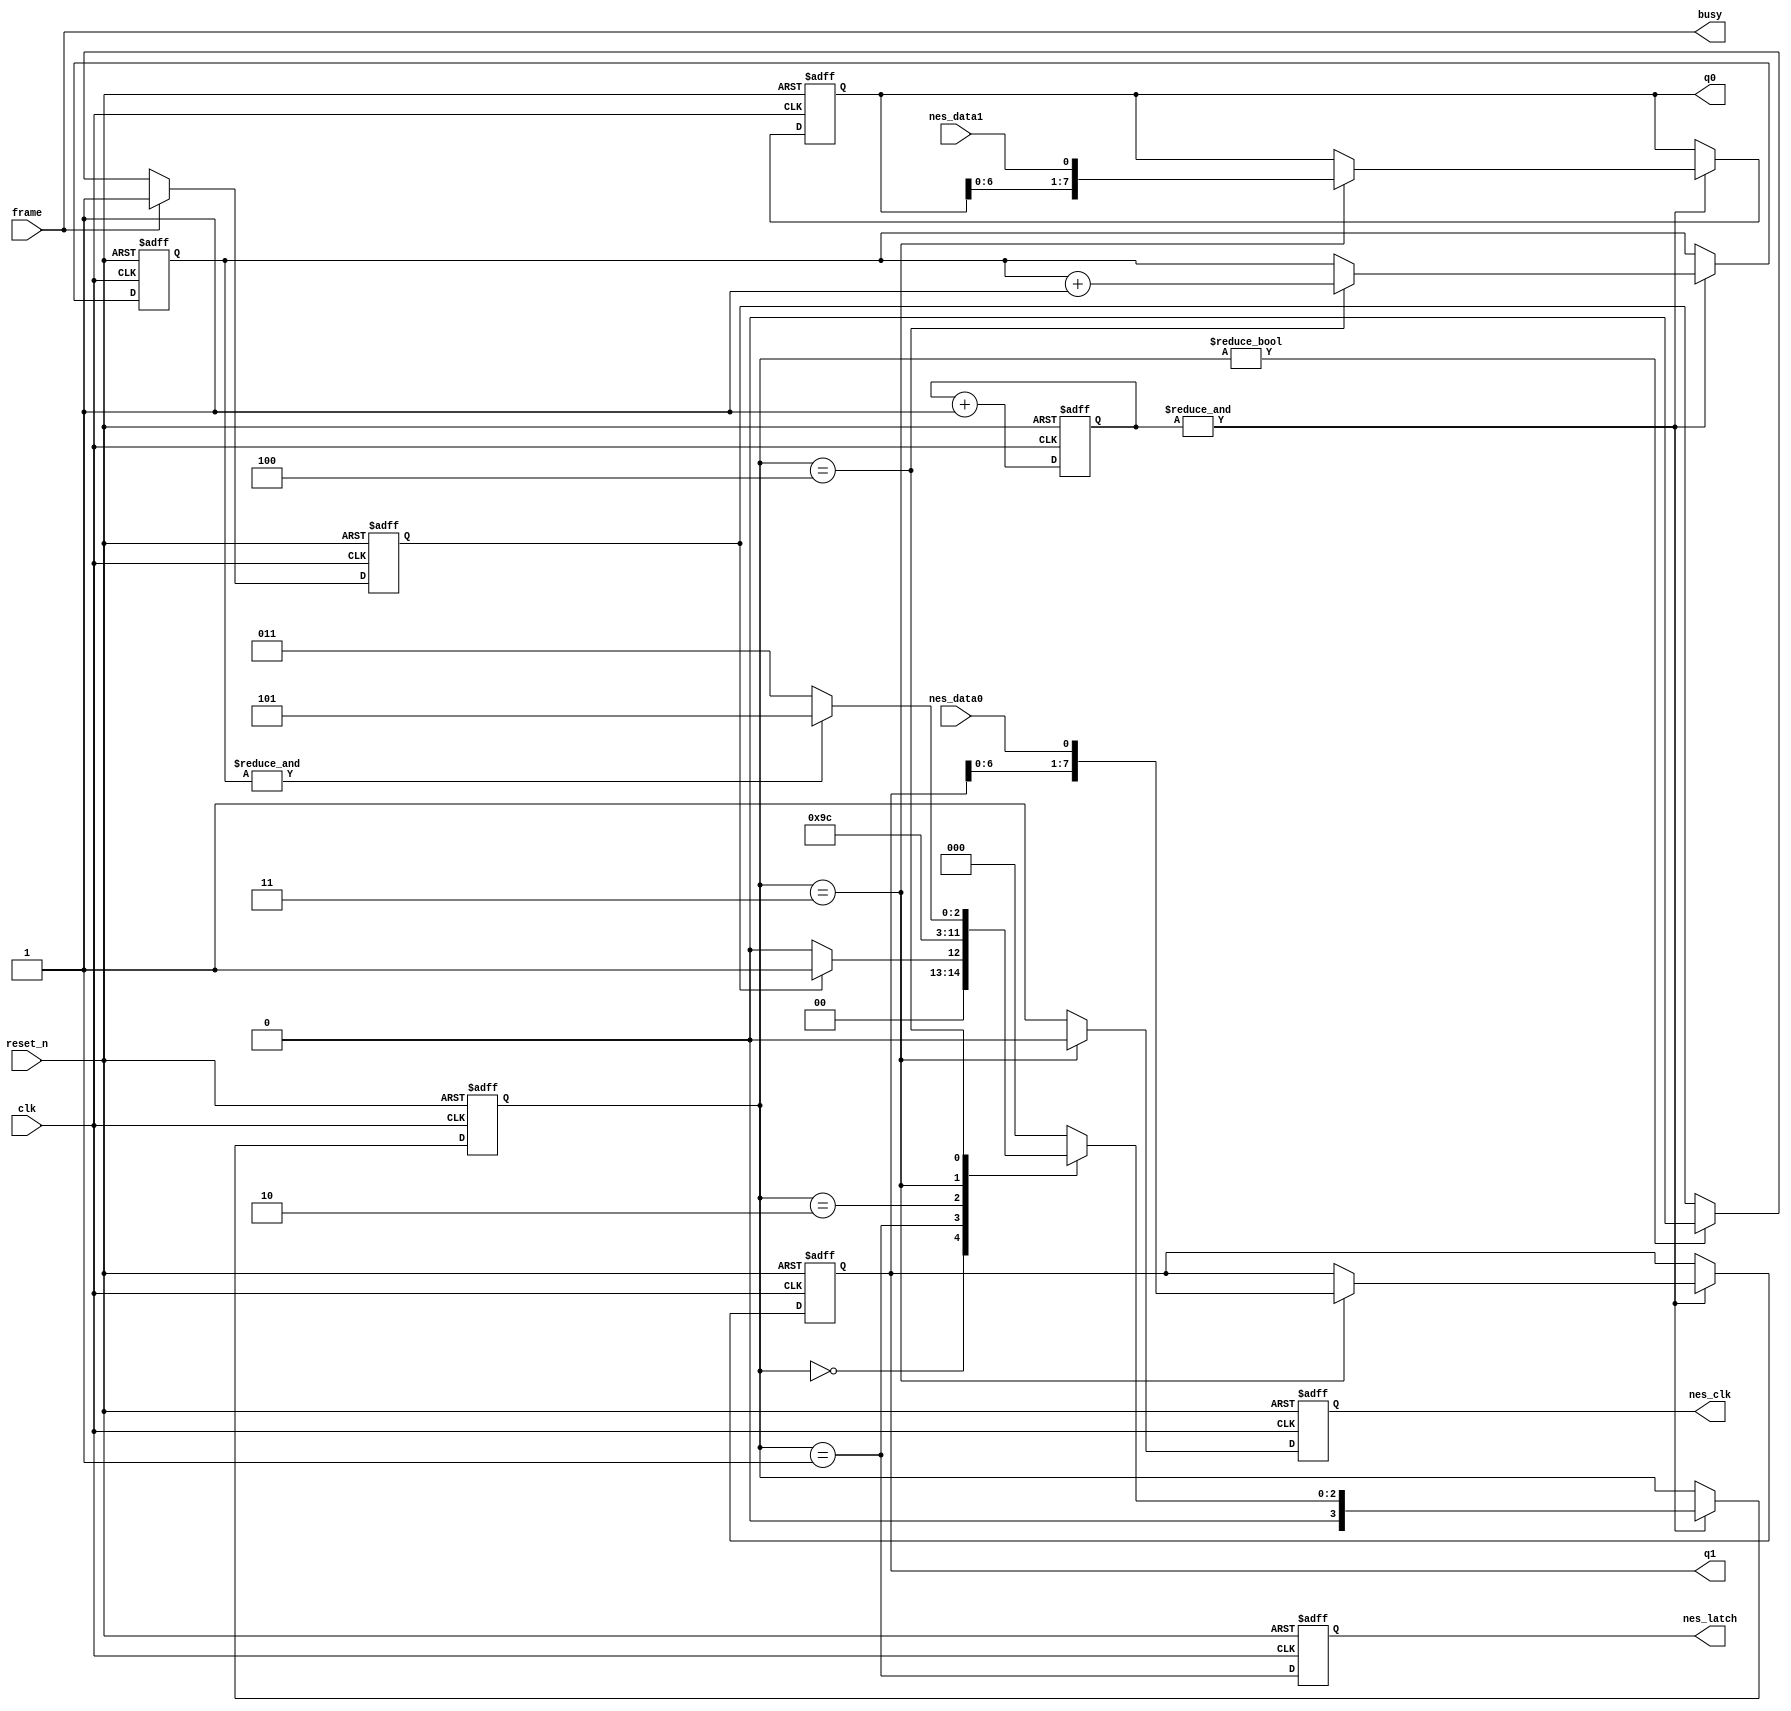
module nescontroller (
	clk,
	reset_n,
	frame,
	nes_latch,
	nes_clk,
	nes_data0,
	nes_data1,
	q0,
	q1,
	busy
	);
	
	input clk;
	input reset_n;
	input frame;
	output nes_latch;
	output nes_clk;
	input nes_data0, nes_data1;
	output [7:0] q0, q1;
	output busy = (frame != STATE_IDLE);

	// states for state-machine
	parameter STATE_IDLE		= 3'd0;
	parameter STATE_LATCH_HI	= 3'd1;	
	parameter STATE_LATCH_LO	= 3'd2;
	parameter STATE_CLOCK_LO	= 3'd3;
	parameter STATE_CLOCK_HI	= 3'd4;
	parameter STATE_DONE		= 3'd5;

	// start bit to catch single clock frame event
	reg start;
	always @(posedge clk or negedge reset_n)
		if (!reset_n)
			start <= 1'b0;
		else if ( frame )
			start <= 1'b1;
		else if ( state != STATE_IDLE )
			start <= 1'b0;
			
	// clock divider / enable -- clock needs to be around 1.5mhz or lower
	reg [3:0] clkdiv;
	always @(posedge clk or negedge reset_n)
		if (!reset_n)
			clkdiv <= 4'd0;
		else
			clkdiv <= clkdiv + 4'd1;
			
	wire enable = &clkdiv;

	// main state machine
	reg [3:0] state, next_state;
	always @(*)
		case (state)
			STATE_IDLE : begin
				if ( start )
					next_state = STATE_LATCH_HI;
				else
					next_state = STATE_IDLE;
				end
			STATE_LATCH_HI : next_state = STATE_LATCH_LO;
			STATE_LATCH_LO : next_state = STATE_CLOCK_LO;
			STATE_CLOCK_LO : next_state = STATE_CLOCK_HI;
			STATE_CLOCK_HI : begin
				if ( &count )
					next_state = STATE_DONE;
				else
					next_state = STATE_CLOCK_LO;
				end
			default : begin
				next_state = STATE_IDLE;
				end
		endcase
		
	reg nes_latch;
	always @(posedge clk or negedge reset_n)
		if (!reset_n)
			nes_latch <= 1'b0;
		else
			nes_latch <= (state == STATE_LATCH_HI);

	reg nes_clk;
	always @(posedge clk or negedge reset_n)
		if (!reset_n)
			nes_clk <= 1'b1;
		else
			nes_clk = (state == STATE_CLOCK_LO ) ? 1'b0 : 1'b1;

	reg [2:0] count, next_count;
	always @(*)
		if ( state == STATE_CLOCK_HI )
			next_count = count + 3'd1;
		else
			next_count = count;
			
	reg [7:0] q0, next_q0;
	reg [7:0] q1, next_q1;
	always @(*)
		if ( state == STATE_CLOCK_LO )
			begin
				next_q0 = { q0[6:0], nes_data1 };		// reversed due to board layout
				next_q1 = { q1[6:0], nes_data0 };
			end
		else
			begin
				next_q0 = q0;
				next_q1 = q1;
			end

	always @(posedge clk or negedge reset_n )
		if (!reset_n)
			begin
				state <= STATE_IDLE;
				count <= 3'd0;
				q0 <= 8'h00;
				q1 <= 8'h00;
			end
		else if ( enable )
			begin
				state <= next_state;
				count <= next_count;
				q0 <= next_q0;
				q1 <= next_q1;
			end
	
endmodule